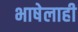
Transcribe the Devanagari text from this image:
भाषेलाही